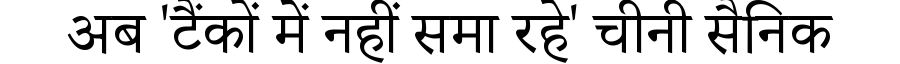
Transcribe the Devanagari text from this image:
अब 'टैंकों में नहीं समा रहे' चीनी सैनिक